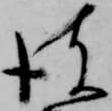
彼